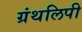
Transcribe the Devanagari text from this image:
ग्रंथलिपी